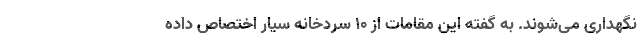
نگهداری می‌شوند. به گفته این مقامات از 10 سردخانه سیار اختصاص داده